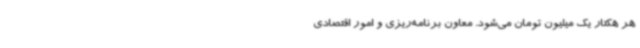
هر هکتار یک میلیون تومان می‌شود. معاون برنامه‌ریزی و امور اقتصادی